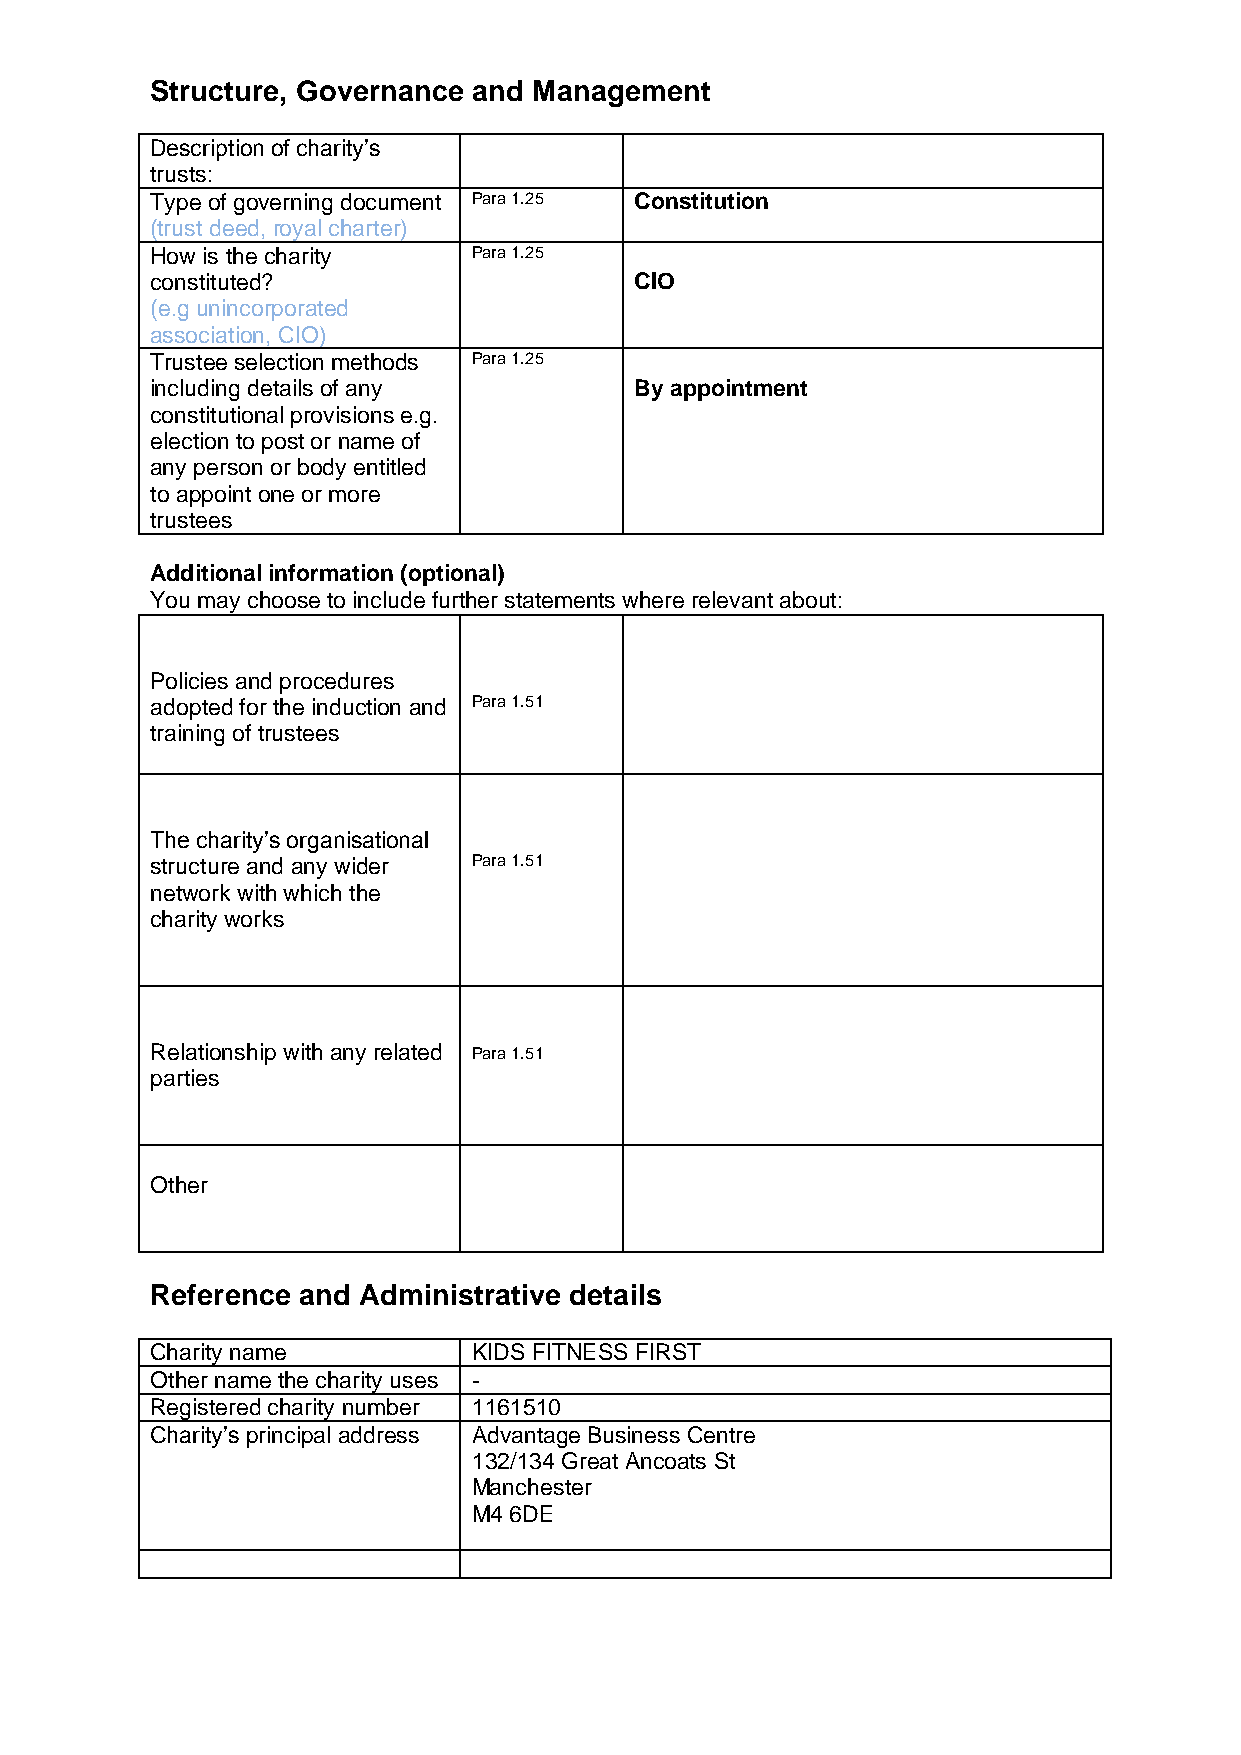
Structure, Governance and Management
 Description of charity’s
 trusts:
 Type of governing document Para 1.25 Constitution
 (trust deed, royal charter)
 How is the charity   Para 1.25
 constituted?                    CIO
 (e.g unincorporated
 association, CIO)
 Trustee selection methods Para 1.25
 including details of any        By appointment
 constitutional provisions e.g.
 election to post or name of
 any person or body entitled
 to appoint one or more
 trustees
 Additional information (optional)
 You may choose to include further statements where relevant about:
 Policies and procedures
 adopted for the induction and Para 1.51
 training of trustees
 The charity’s organisational
 structure and any wider Para 1.51
 network with which the
 charity works
 Relationship with any related Para 1.51
 parties
 Other
 Reference and Administrative details
 Charity name         KIDS FITNESS FIRST
 Other name the charity uses -
 Registered charity number 1161510
 Charity’s principal address Advantage Business Centre
 132/134 Great Ancoats St
 Manchester
 M4 6DE